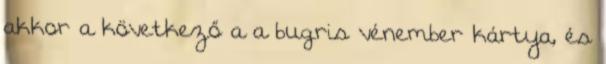
akkor a következő a a bugris vénember kártya, és